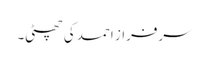
سرفراز احمد کی چھٹی۔